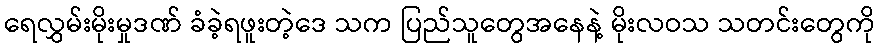
ရေလွှမ်းမိုးမှုဒဏ် ခံခဲ့ရဖူးတဲ့ဒေ သက ပြည်သူတွေအနေနဲ့ မိုးလဝသ သတင်းတွေကို